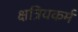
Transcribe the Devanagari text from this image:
क्षत्रियकर्म